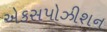
એકસપોઝીશન